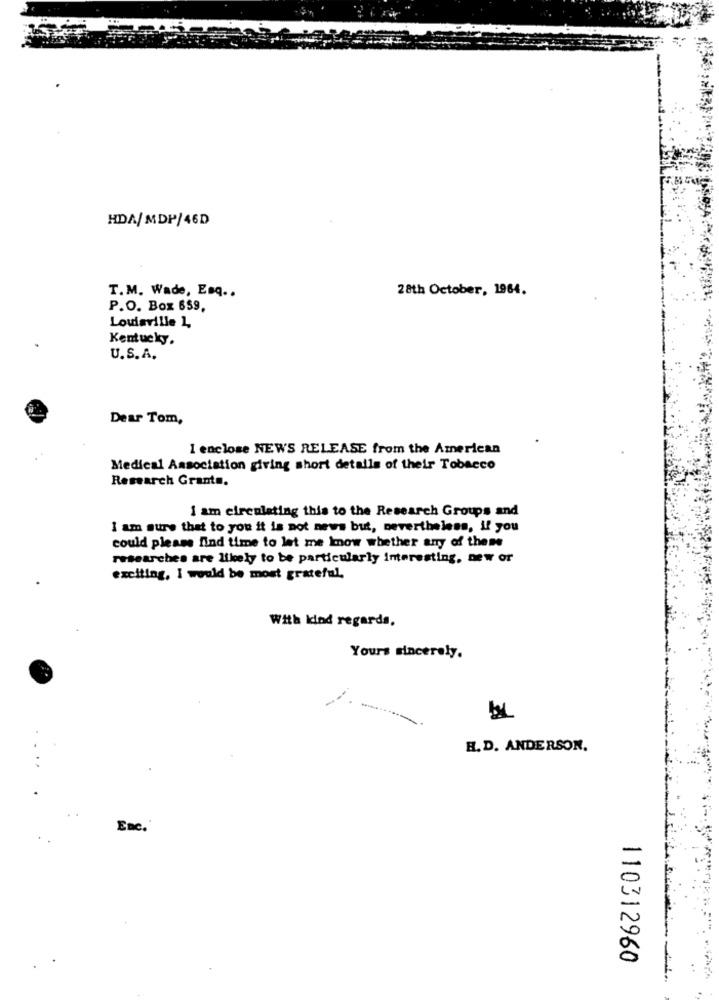
HDA/ MDP/46D
T.M. Wade, Esq ..
28th October, 1964.
P.O. Box 659,
Louisville 1
Kentucky.
U.S. A.
Dear Tom,
I enclose NEWS RELEASE from the American
Medical Association giving short details of their Tobacco
Research Grants.
1 am circulating this to the Research Groups and
I am sure that to you it is not news but, nevertheless, if you
could please find time to let me know whether any of these
researches are likely to be particularly interesting, new or
exciting, I would be most grateful,
With kind regards,
Yours sincerely.
-
H. D. ANDERSON.
Enc.
110312960